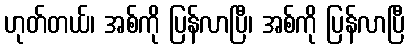
ဟုတ်တယ်၊ အစ်ကို ပြန်လာပြီ၊ အစ်ကို ပြန်လာပြီ